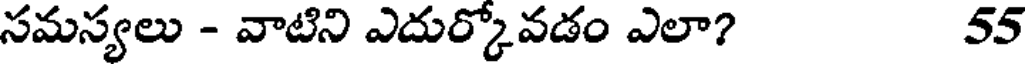
సమస్యలు - వాటిని ఎదుర్కోవడం ఎలా? 55